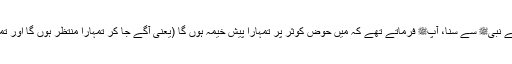
1548: سیدنا جندبؓ کہتے ہیں کہ میں نے نبیﷺ سے سنا، آپﷺ فرماتے تھے کہ میں حوضِ کوثر پر تمہارا پیش خیمہ ہوں گا (یعنی آگے جا کر تمہارا منتظر ہوں گا اور تمہارے پلانے کا سامان درست کروں گا)۔